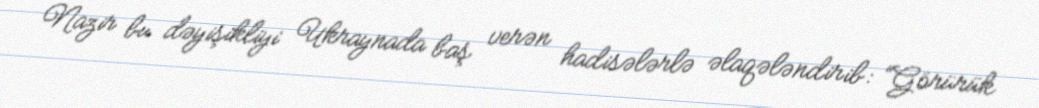
Nazir bu dəyişikliyi Ukraynada baş verən hadisələrlə əlaqələndirib: “Görürük